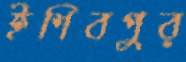
ইশিবপুর